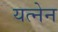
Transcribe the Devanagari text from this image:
यत्नेन